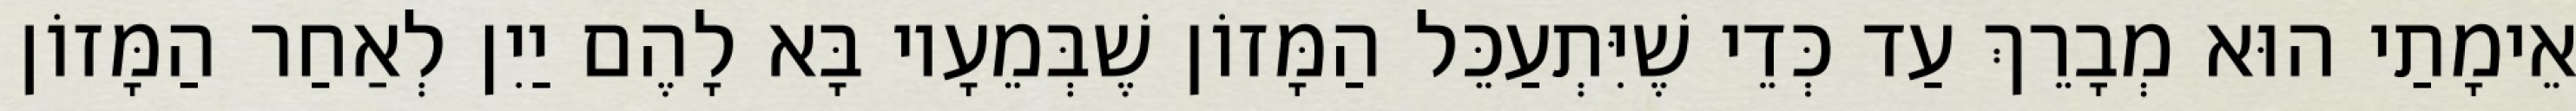
אֵימָתַי הוּא מְבָרֵךְ עַד כְּדֵי שֶׁיִּתְעַכֵּל הַמָּזוֹן שֶׁבְּמֵעָיו בָּא לָהֶם יַיִן לְאַחַר הַמָּזוֹן